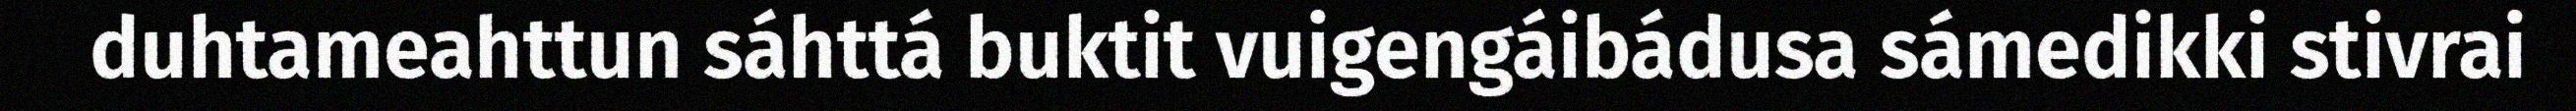
duhtameahttun sáhttá buktit vuigengáibádusa sámedikki stivrai